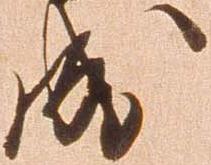
成